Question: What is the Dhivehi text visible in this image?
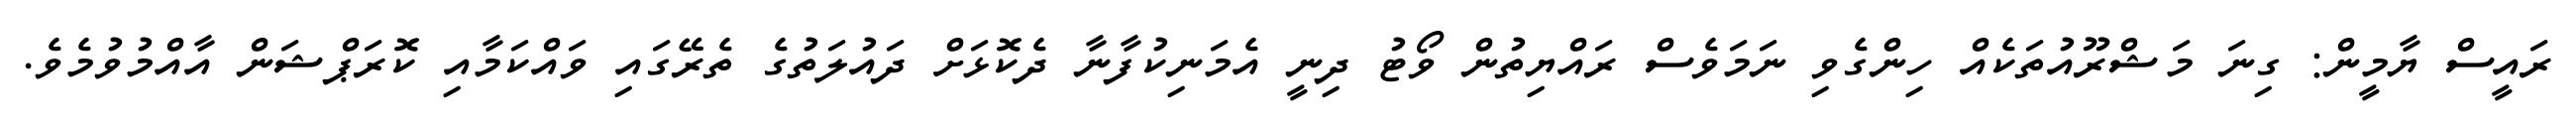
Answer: ރައީސް ޔާމީން: ގިނަ މަޝްރޫއުތަކެއް ހިންގެވި ނަމަވެސް ރައްޔިތުން ވޯޓު ދިނީ އެމަނިކުފާނާ ދެކޮޅަށް ދައުލަތުގެ ތެރޭގައި ވައްކަމާއި ކޮރަޕްޝަން އާއްމުވުމެވެ.